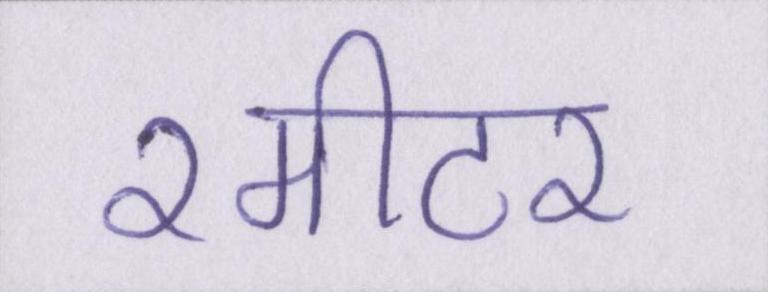
२मीटर